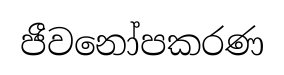
ජීවනෝපකරණ